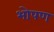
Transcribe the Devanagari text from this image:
भोपण